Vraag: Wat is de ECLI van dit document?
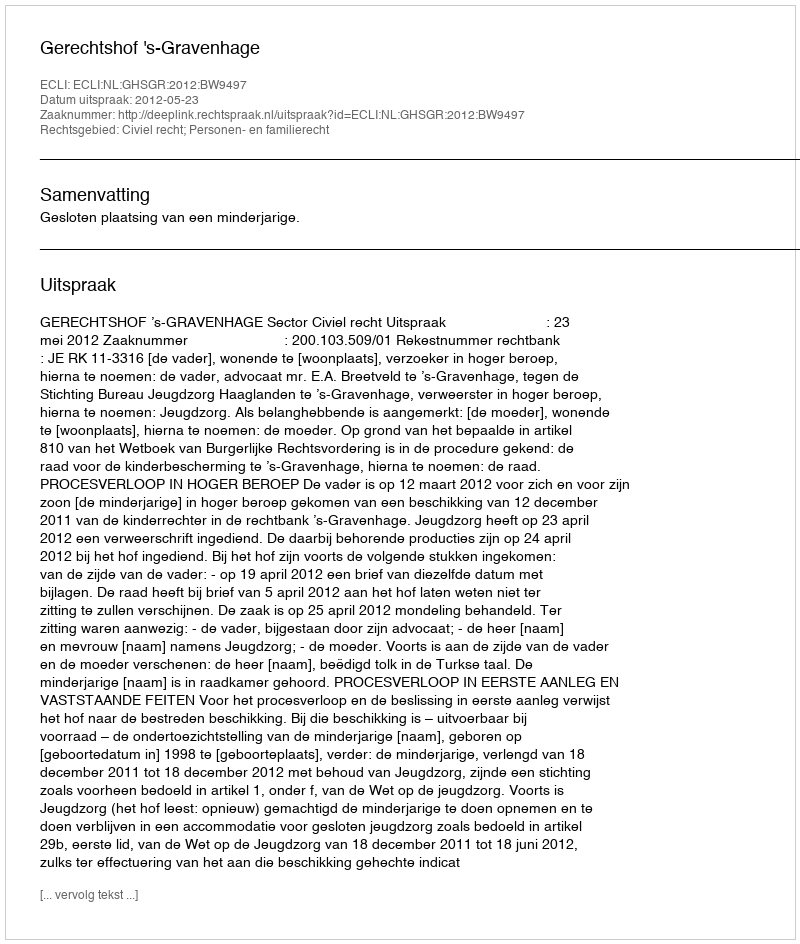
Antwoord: ECLI:NL:GHSGR:2012:BW9497